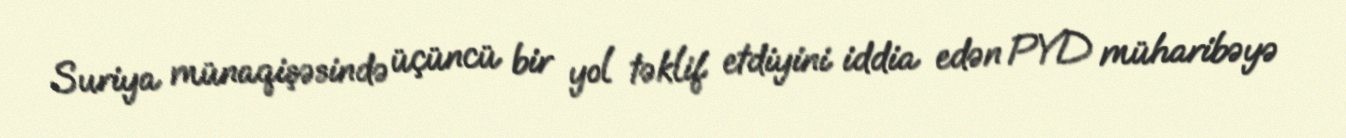
Suriya münaqişəsində üçüncü bir yol təklif etdiyini iddia edən PYD müharibəyə